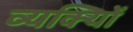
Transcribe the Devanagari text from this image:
व्यक्याेिं